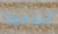
إرفعوا